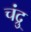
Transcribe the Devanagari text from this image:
चंद्रु